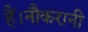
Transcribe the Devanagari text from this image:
हैं।नौकरानी